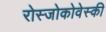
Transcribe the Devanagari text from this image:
रोस्‍जोकोवेस्‍की